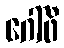
ဂေါ်ဖီ